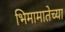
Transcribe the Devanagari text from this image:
भिमामातेच्या